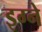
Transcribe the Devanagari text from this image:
इग्ने